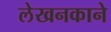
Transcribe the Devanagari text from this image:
लेखनकाने